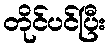
တိုင်ပင်ပြီး